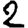
Digit: 2